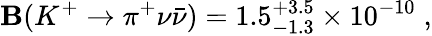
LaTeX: \mathbf{B}(K^{+}\to\pi^{+}\nu\bar{{\nu}})=1.5_{-1.3}^{+3.5}\times10^{-10}\; ,